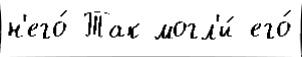
н'его́ Так могл'и́ его́